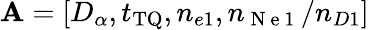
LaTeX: \mathbf{A}=[D_{\alpha},t_{\mathrm{TQ}},n_{e1},n_{\mathrm{~N~e~1~}}/n_{D1}]